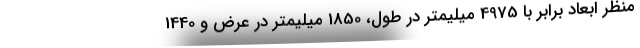
منظر ابعاد برابر با 4975 میلیمتر در طول، 1850 میلیمتر در عرض و 1440